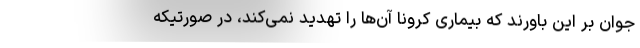
جوان بر این باورند که بیماری کرونا آن‌ها را تهدید نمی‌کند، در صورتیکه